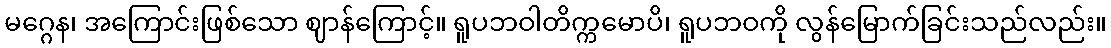
မဂ္ဂေန၊ အကြောင်းဖြစ်သော ဈာန်ကြောင့်။ ရူပဘဝါတိက္ကမောပိ၊ ရူပဘဝကို လွန်မြောက်ခြင်းသည်လည်း။